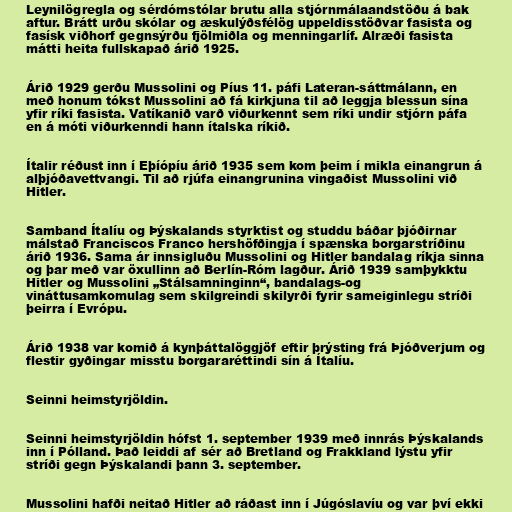
Leynilögregla og sérdómstólar brutu alla stjórnmálaandstöðu á bak
aftur. Brátt urðu skólar og æskulýðsfélög uppeldisstöðvar fasista og
fasísk viðhorf gegnsýrðu fjölmiðla og menningarlíf. Alræði fasista
mátti heita fullskapað árið 1925.

Árið 1929 gerðu Mussolini og Píus 11. páfi Lateran-sáttmálann, en
með honum tókst Mussolini að fá kirkjuna til að leggja blessun sína
yfir ríki fasista. Vatíkanið varð viðurkennt sem ríki undir stjórn páfa
en á móti viðurkenndi hann ítalska ríkið.

Ítalir réðust inn í Eþíópíu árið 1935 sem kom þeim í mikla einangrun á
alþjóðavettvangi. Til að rjúfa einangrunina vingaðist Mussolini við
Hitler.

Samband Ítalíu og Þýskalands styrktist og studdu báðar þjóðirnar
málstað Franciscos Franco hershöfðingja í spænska borgarstríðinu
árið 1936. Sama ár innsigluðu Mussolini og Hitler bandalag ríkja sinna
og þar með var öxullinn að Berlín-Róm lagður. Árið 1939 samþykktu
Hitler og Mussolini „Stálsamninginn“, bandalags-og
vináttusamkomulag sem skilgreindi skilyrði fyrir sameiginlegu stríði
þeirra í Evrópu.

Árið 1938 var komið á kynþáttalöggjöf eftir þrýsting frá Þjóðverjum og
flestir gyðingar misstu borgararéttindi sín á Ítalíu.

Seinni heimstyrjöldin.

Seinni heimstyrjöldin hófst 1. september 1939 með innrás Þýskalands
inn í Pólland. Það leiddi af sér að Bretland og Frakkland lýstu yfir
stríði gegn Þýskalandi þann 3. september.

Mussolini hafði neitað Hitler að ráðast inn í Júgóslavíu og var því ekki